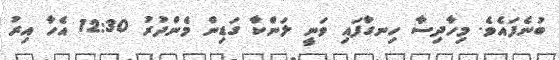
ބުނެފައެވެ. މިހާދިސާ ހިނގާފައި ވަނީ ލަންކާ ގަޑިން މެންދުރު 12:30 އެހާ އިރު